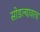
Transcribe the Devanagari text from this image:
सोडल्यावरच